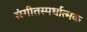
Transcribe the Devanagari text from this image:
संगीतस्पर्धात्मक